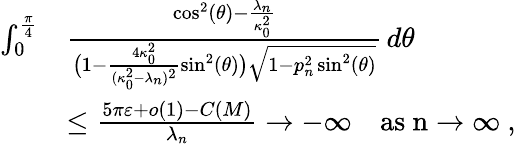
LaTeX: \begin{array}{rl}{\int_{0}^{\frac{\pi}{4}}}&{\frac{\cos^{2}(\theta)-\frac{\lambda_{n}}{\kappa_{0}^{2}}}{\big(1-\frac{4\kappa_{0}^{2}}{(\kappa_{0}^{2}-\lambda_{n})^{2}}\sin^{2}(\theta)\big)\sqrt{1-p_{n}^{2}\sin^{2}(\theta)}}\, d\theta}\\ &{\leq\frac{5\pi\varepsilon+o(1)-C(M)}{\lambda_{n}}\to-\infty\quad\mathrm{as~n\to\infty~,}}\end{array}